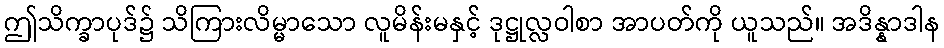
ဤသိက္ခာပုဒ်၌ သိကြားလိမ္မာသော လူမိန်းမနှင့် ဒုဋ္ဌုလ္လဝါစာ အာပတ်ကို ယူသည်။ အဒိန္နာဒါန